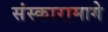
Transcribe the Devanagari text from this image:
संस्कारामागे